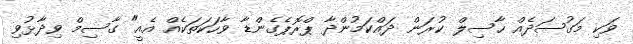
ވަކި މަގުސަދެއް ހާސިލް ކުރަން ދައްކަމުންދާ ޕްރޮޕެގެންޑާ ވާހަކަތަކެއް އެއީ" ގާސިމް ވިދާޅުވި